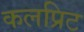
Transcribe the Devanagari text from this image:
कलप्रिट